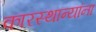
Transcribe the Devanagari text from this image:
कारस्थान्यांना